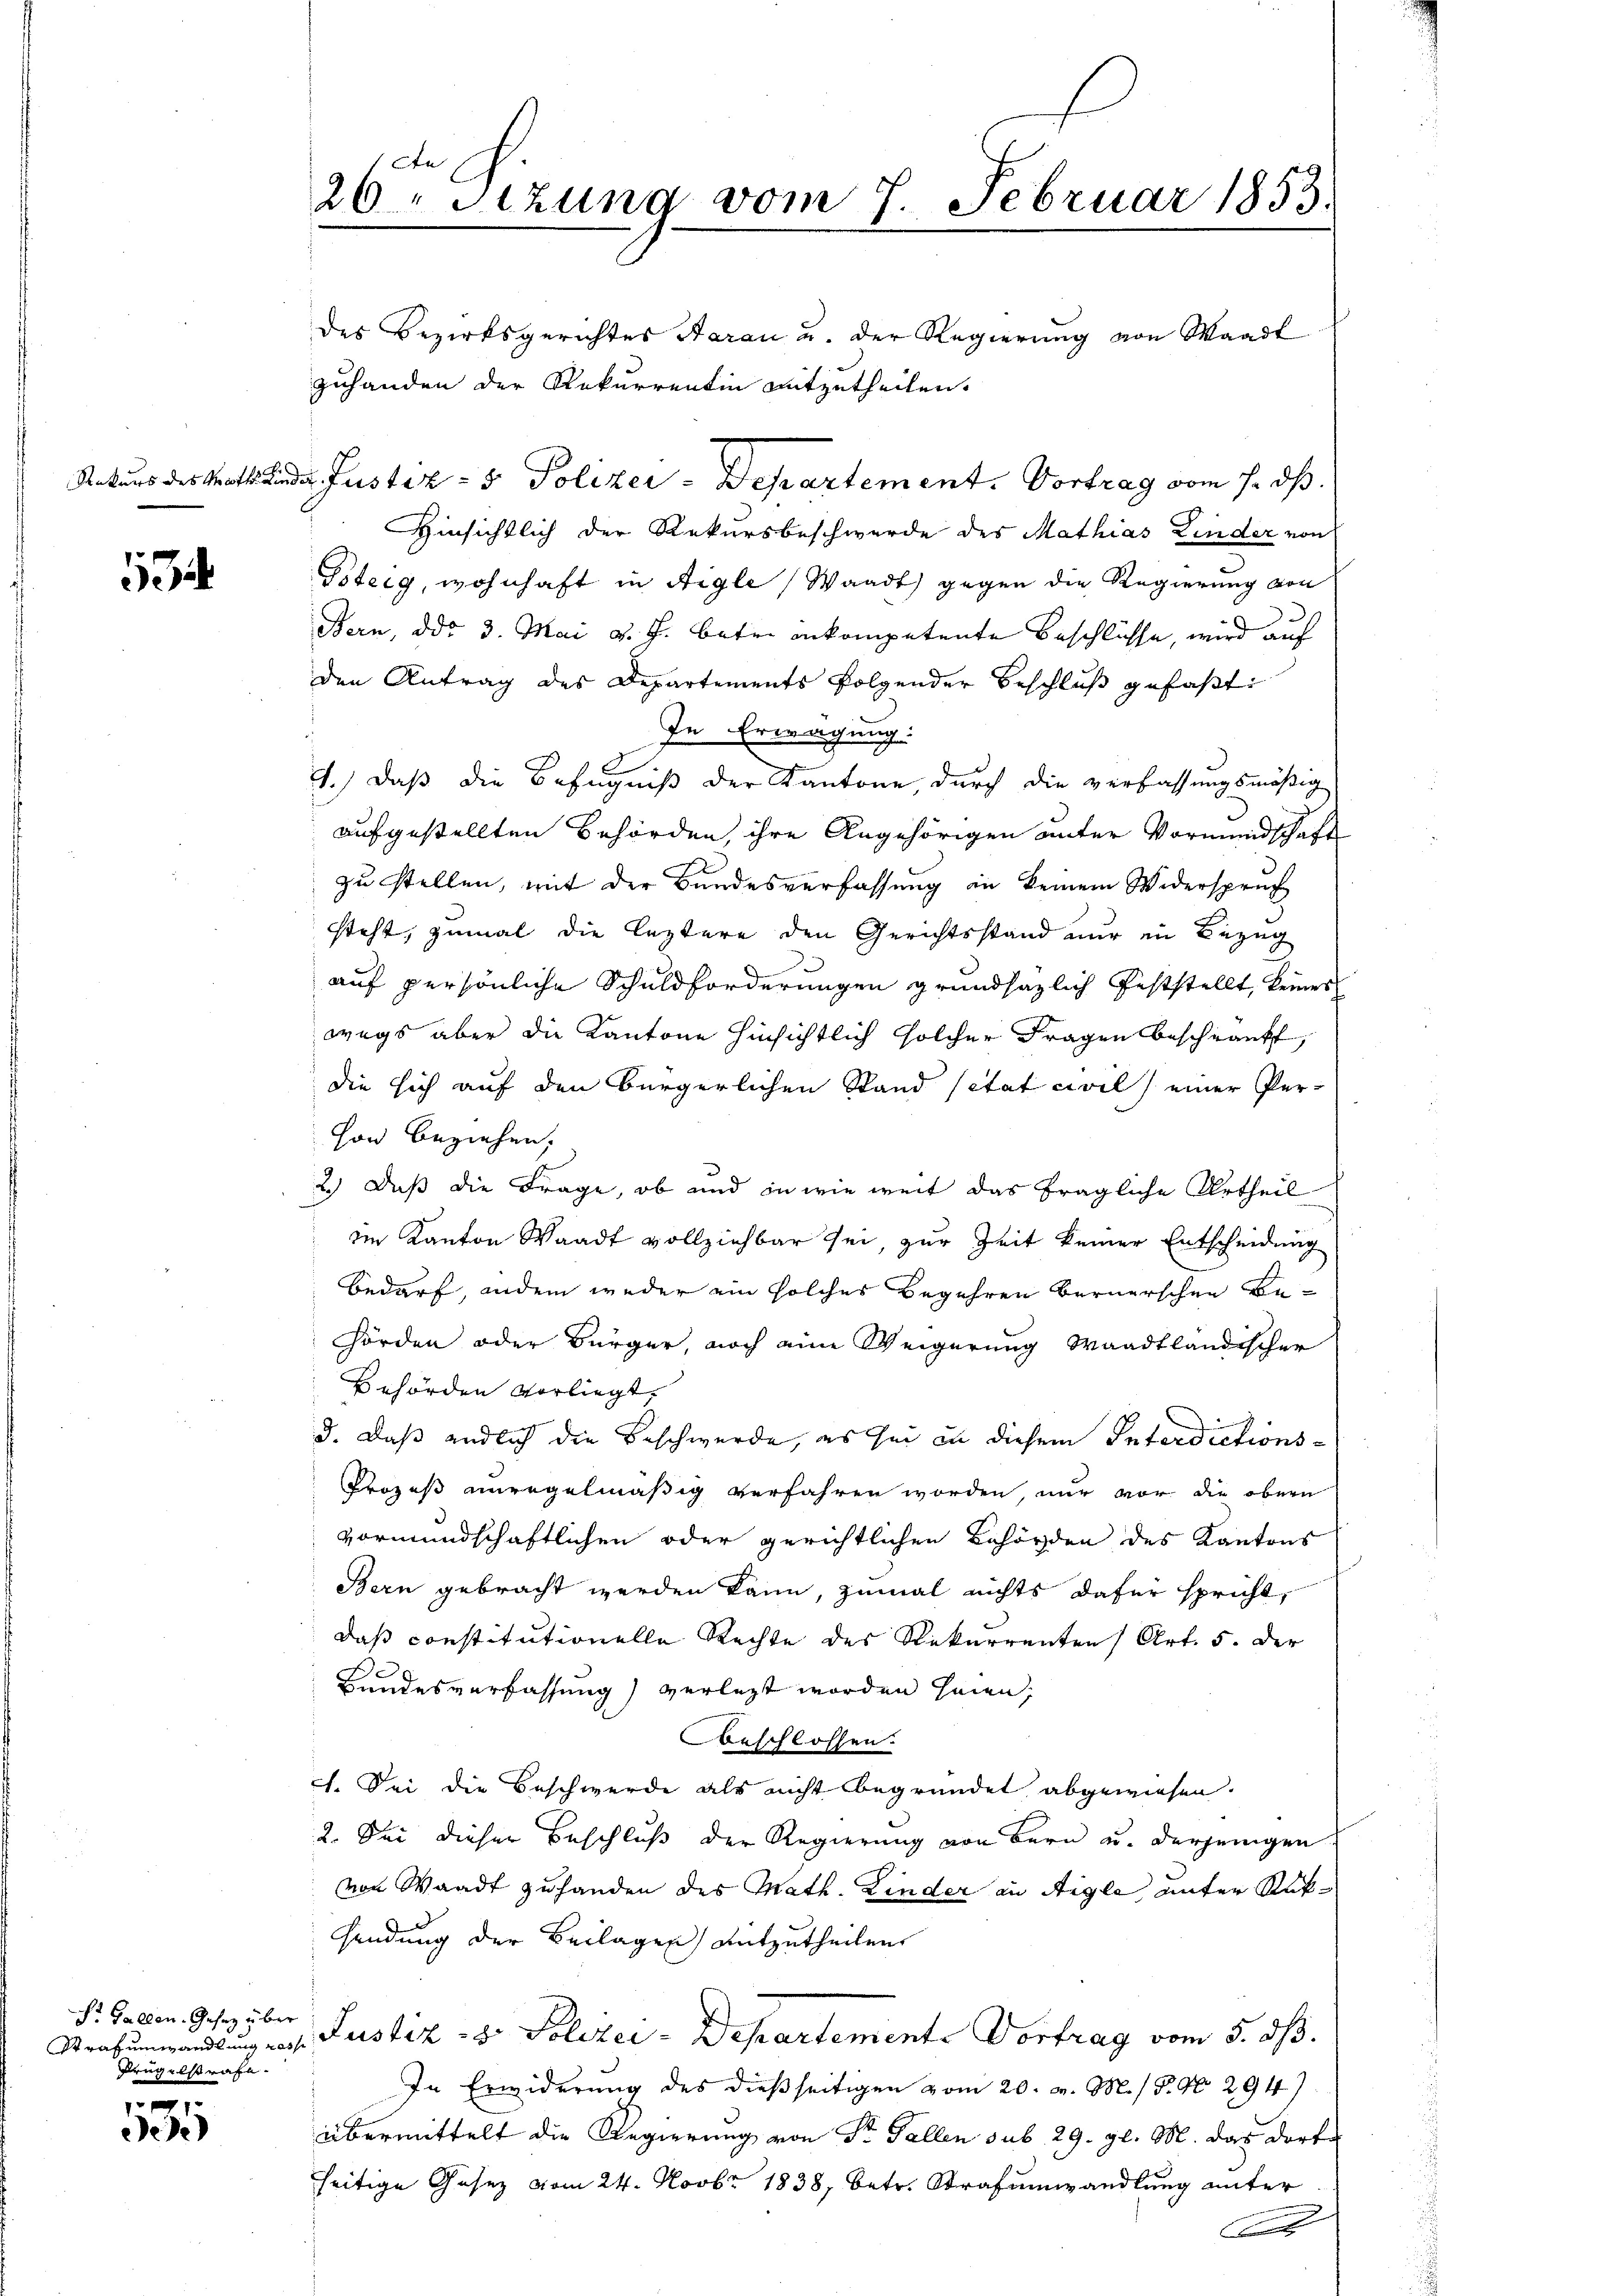
1

S. Gallen, Gesetz über
Prügelstrafe.

1
e)

20 Stzung vom 7. Februar 1853.

des Bezirksgerichtes Aarau u. der Regierung von Waadt
Hinsichtlich der Rekursbeschwerde des Mathias Kinder von
Tsteig, wohnhaft in Aigle Waadt) gegen die Regierung von
Bern, ddo 3. Mai v. J. betr. inkompetente Beschlüsse, wird auf
den Antrag des Departements folgender Beschluß gefaßt
In Erwägung:
1.) Daß die Befugniß der Kantone, durch die verfassungsmäßig
aufgestellten Behörden, ihre Angehörigen unter Vormundschaft
zu stellen, mit der Bundesverfassung in keinem Widerspruch
steht, zumal die leztere den Gerichtsstand nur in Bezug
auf persönliche Schuldforderungen grundsätzlich feststellt, keines
wegs aber die Kantone hinsichtlich solcher Fragen beschrankt,
die sich auf den Bürgerlichen Stand sitat civil) einer Perhon beziehen,
2.) Daß die Frage, ob und in wie weit das fragliche Urtheil
im Kanton Waadt vollziehbar sei, zur Zeit keiner Entscheidung
Bedarf, ander weder ein solches Begehren bernerschen Behörden oder Bürger, noch eine Weigerung Waadtländischer
Behörden vorliegt,
d. Daß endlich die Beschwerde, es sei in diesem Interdictions¬
Prozeß unregelmäßig verfahren worden, nur vor die obern
vormundschaftlichen oder gerichtlichen Behörden des Kantons
Bern gebracht werden kann, zumal nichts dafür spricht,
das constitutionelle Rechte des Rekurrenten Art. 5. Der
Bundesverfassung) verlegt worden seien;
beschlossen.
c. Sei die Beschwerde als nicht begründet abgewiesen.
2. Sei dieser Beschluß der Regierung von Bern u. derjenigen
von Waadt zuhanden des Math. Kinder an Aigle, unter Rüksendung der Beilagen entzutheilen.
Strafumwandlung des Justiz- & Polizei-Departemente Vortrag vom 5. ds.
In Erwiderung des dießseitigen vom 20. v. M. / 5. No 294
übermittelt die Regierung von Sr. Fallen sub 29. gl. M. das dorte
seitige Gesez vom 24. Novbr 1838, betr. Strafumwandlung unter
F

zuhanden der Rekurrentin mitzutheilen.

Rekurs des Mattende Justiz- & Polizei - Departement. Vortrag vom 7. ds.